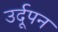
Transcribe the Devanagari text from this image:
उर्दूपन